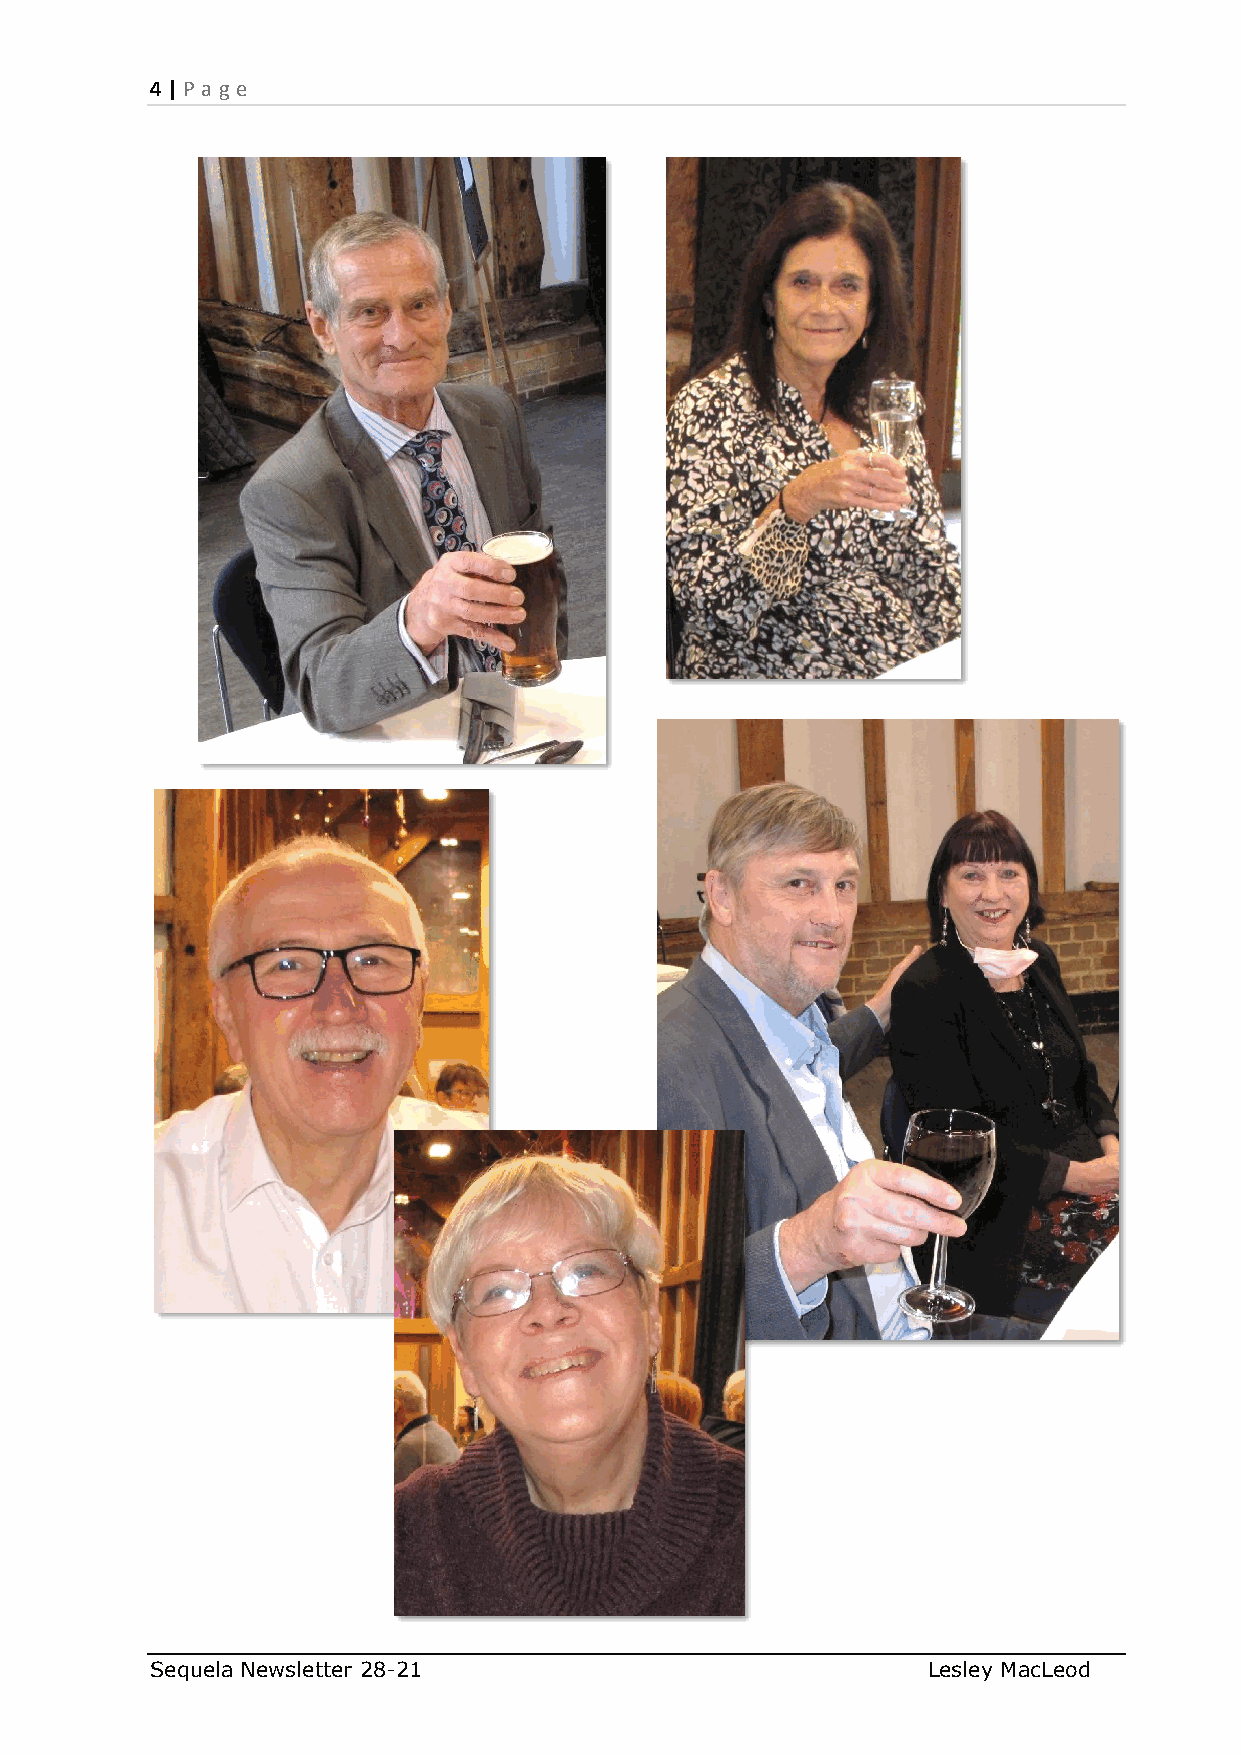
4 | P age
 Sequela Newsletter 28-21                           Lesley MacLeod